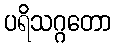
ပရိသဂ္ဂတော